Vaccine operations Central Provinces 1886-1899 - 1886-1899
Year: 1886
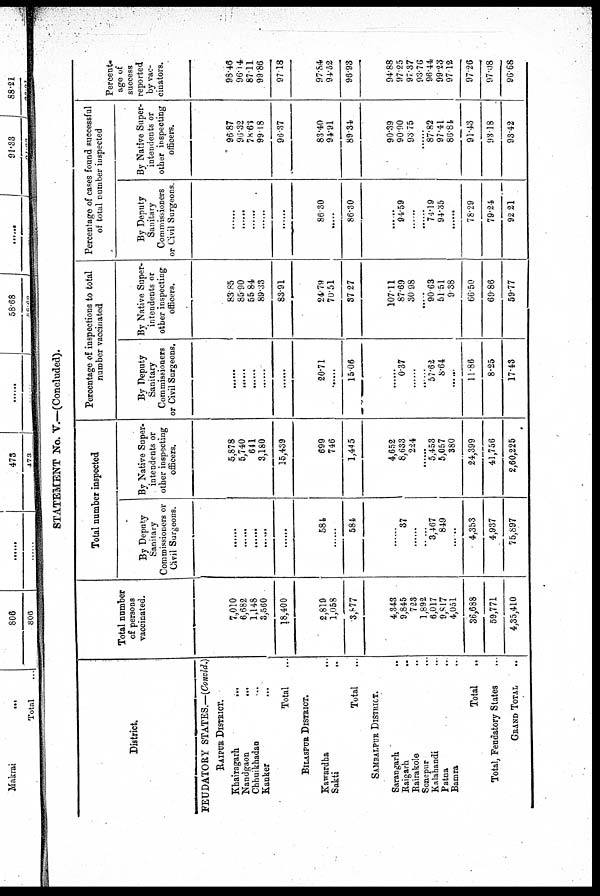
STATEMENT No. V.—(Concluded).
District.
FEUDATORY STATES.—(Concld.)
RAIPUR DISTRICT.
Khairagarh
...
Nandgaon
...
Chhuikhadan ...
Kanker ...
Total ...
BILASPUR DISTRICT.
Kawardha
...
Sakti
...
Total ...
SAMBALPUR DISTRICT.
Sarangarh
..
Baigarh
..
Rairakole
..
Sonepur
...
Kalahandi ..
Patna
..
Bamra ..
Total ..
Total, Feudatory States ...
Grand Total
..
Total number
of persons
vaccinated.
7,010
6,682
1,148
3,560
18,400
2,819
1,058
3,877
4,843
9,845
723
1,892
6,017
9,817
4,051
36,688
59,771
4,35,410
Total number inspected
By Deputy
Sanitary
Commissioners or
Civil Surgeons.
......
......
......
......
......
584
......
584
......
37
......
......
3,467
849
......
4,353
4,937
75,897
By Native Super-
intendents or
other inspecting
officers.
5,878
5,740
641
3,180
15,439
699
746
1,445
4,652
8,633
224
......
5,453
5,057
380
24,399
41,756
2,60,225
Percentage of inspections to total
number vaccinated
By Deputy
Sanitary
Commissioners
or Civil Surgeons.
......
......
......
......
20.71
......
15.06
......
0.37
......
......
57.62
8.64
......
11.86
8.25
17.43
By Native Super-
intendents or
other inspecting
officers.
83.85
85.90
55.84
89.33
83.91
24.79
70.51
37.27
107.11
87.69
30.98
......
90.63
51.51
9.38
66.50
69.86
59.77
Percentage of cases found successful
of total number inspected
By Deputy
Sanitary
Commissioners
or Civil Surgeons.
......
......
......
......
......
86.30
......
86.30
......
94.59
......
......
74.19
94.35
......
78.29
79.24
92.21
By Native Super-
intendents or
other inspecting
officers.
96.87
90.32
78.63
99.18
96.37
83.40
94.91
89.34
90.39
90.90
93.75
......
87.82
97.41
86.84
91.43
93.18
93.42
Percent-
age of
success
reported
by vac-
cinators.
98.46
96.14
87.11
99.86
97.18
97.84
94.52
96.93
94.88
97.25
97.37
93.76
96.44
99.23
97.12
97.26
97.08
96.68